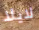
لايلا